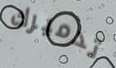
تدميرك